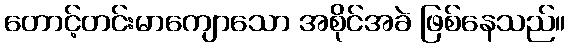
တောင့်တင်းမာကျောသော အစိုင်အခဲ ဖြစ်နေသည်။